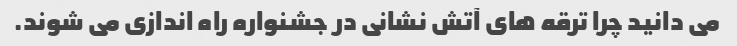
می دانید چرا ترقه های آتش نشانی در جشنواره راه اندازی می شوند.